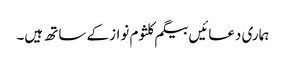
ہماری دعائیں بیگم کلثوم نواز کے ساتھ ہیں۔